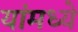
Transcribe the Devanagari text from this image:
यांमध्‍ये